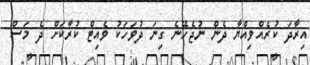
އިރާދަ ކުރެއްވިއްޔާ ދެން ނުޖެހޭނެ ގިނަ ދުވަހަކު ވެއިޓް ކުރާކަށް ދެ މަސް